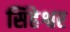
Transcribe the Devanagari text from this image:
सिंहेश्वर